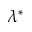
\lambda ^ { * }